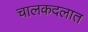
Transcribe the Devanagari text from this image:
चालकदलात